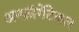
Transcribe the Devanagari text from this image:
अन्फ़ॉर्गेटेबल